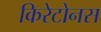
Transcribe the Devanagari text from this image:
किरेटोनस